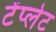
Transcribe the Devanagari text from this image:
टेंप्लेट